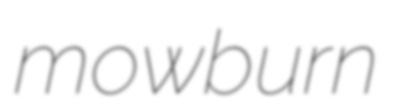
mowburn